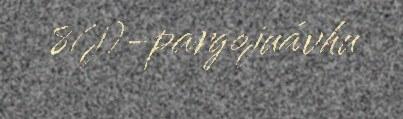
8(j)-pargojuávhu